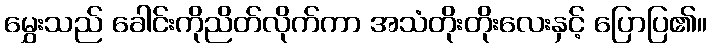
မွှေးသည် ခေါင်းကိုညိတ်လိုက်ကာ အသံတိုးတိုးလေးနှင့် ပြောပြ၏။